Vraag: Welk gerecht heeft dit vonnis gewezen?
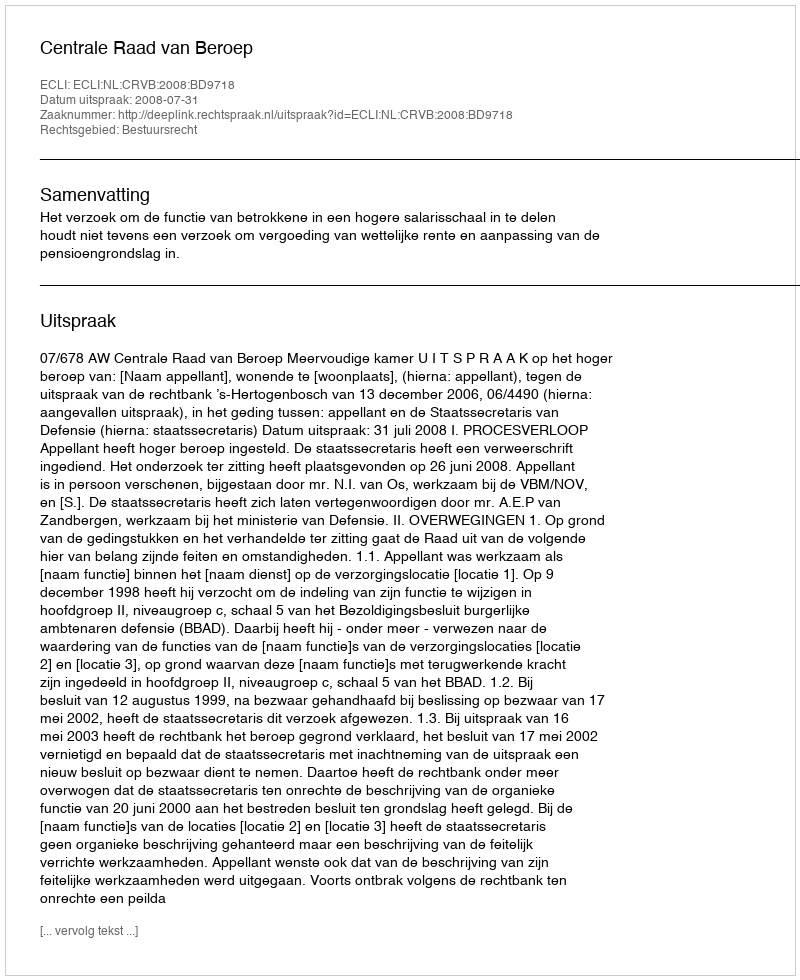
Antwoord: Centrale Raad van Beroep